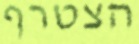
הצטרף